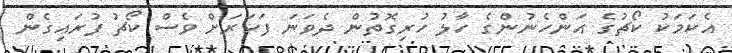
އެކަމަކު ކޯޗުގެ އަންހެނުންގެ ހާލު ހުރިގޮތުން ދެވަނަ ފަހަރަށް ވެސް ކޯޗު ފުރައިގެން